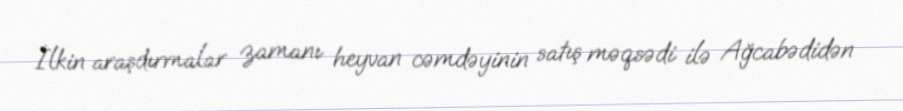
İlkin araşdırmalar zamanı heyvan cəmdəyinin satış məqsədi ilə Ağcabədidən